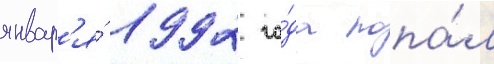
январ'я́ 1992 го́да попа́л